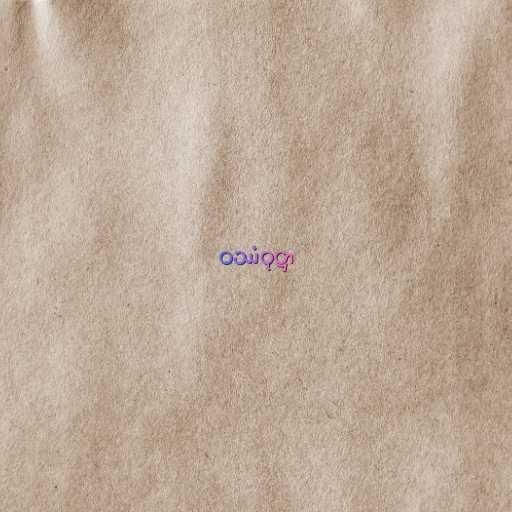
ဝဿံဝုဋ္ဌာ